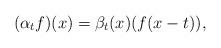
LaTeX: \begin{align*}(\alpha_t f)(x) = \beta_t(x)(f(x-t)),\end{align*}